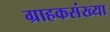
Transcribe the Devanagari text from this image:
ग्राहकसंख्या